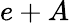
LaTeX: e+A